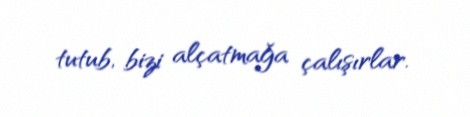
tutub, bizi alçatmağa çalışırlar.